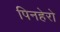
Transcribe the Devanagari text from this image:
पिनहेरो